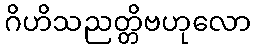
ဂိဟိသညတ္တိဗဟုလော